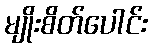
မျိုးစိတ်ပေါင်း